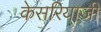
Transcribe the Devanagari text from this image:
केसरियाजी